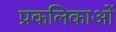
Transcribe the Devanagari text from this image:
प्रकलिकाओं